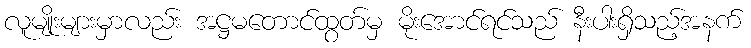
လူမျိုးများမှာလည်း အဋ္ဌမတောင်ထွတ်မှ မိုးအောင်ရင်သည် နီးပါးရှိသည့်အနက်